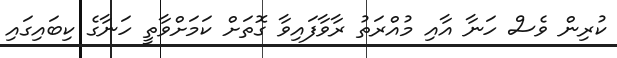
ކުރިން ވެސް ހަނާ އާއި މުއްރަތު ރާވާފައިވާ ގޮތަށް ކަމަށްވާތީ ހަނާގެ ކިބައިގައި